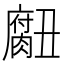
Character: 𮌾